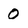
Character: 0